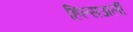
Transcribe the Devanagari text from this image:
हिल्सअर्ली